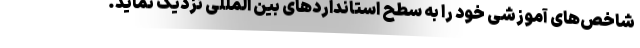
شاخص‌های آموزشی خود را به سطح استانداردهای بین المللی نزدیک نماید.